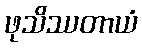
ဖုသိဿတာယံ